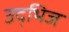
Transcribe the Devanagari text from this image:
उद्भिज